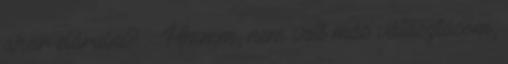
akar elárulni? : : Hmmm, nem volt más választásom,